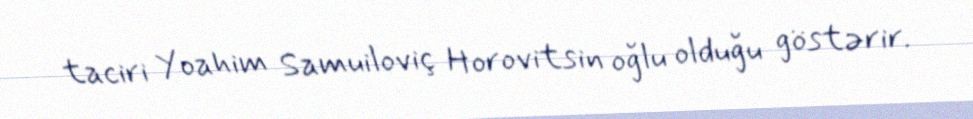
taciri Yoahim Samuiloviç Horovitsin oğlu olduğu göstərir.